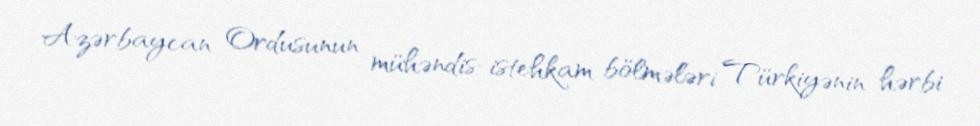
Azərbaycan Ordusunun mühəndis-istehkam bölmələri Türkiyənin hərbi